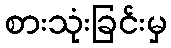
စားသုံးခြင်းမှ